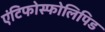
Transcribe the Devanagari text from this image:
एंटिफोस्फोलिपिड